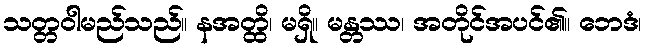
သတ္တဝါမည်သည်။ နအတ္ထိ၊ မရှိ။ မန္တဿ၊ အတိုင်အပင်၏။ ဘေဒံ၊